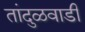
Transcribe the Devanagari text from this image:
तांदुळवाडी